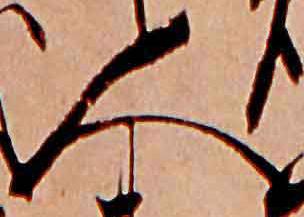
人